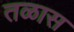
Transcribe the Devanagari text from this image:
तळास